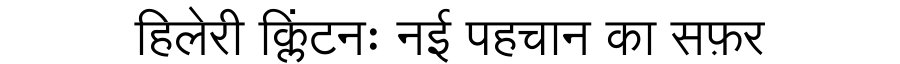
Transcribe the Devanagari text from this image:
हिलेरी क्लिंटनः नई पहचान का सफ़र